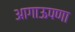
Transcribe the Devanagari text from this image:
आगाऊपणा